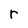
Character: r